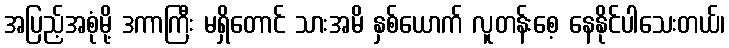
အပြည့်အစုံမို့ ဒကာကြီး မရှိတောင် သားအမိ နှစ်ယောက် လူတန်းစေ့ နေနိုင်ပါသေးတယ်၊